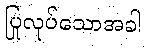
ပြုလုပ်သောအခါ